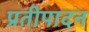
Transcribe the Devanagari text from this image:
प्रतीपादन